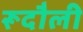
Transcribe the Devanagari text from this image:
रूदौली